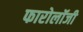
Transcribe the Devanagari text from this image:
फारोलॉजी